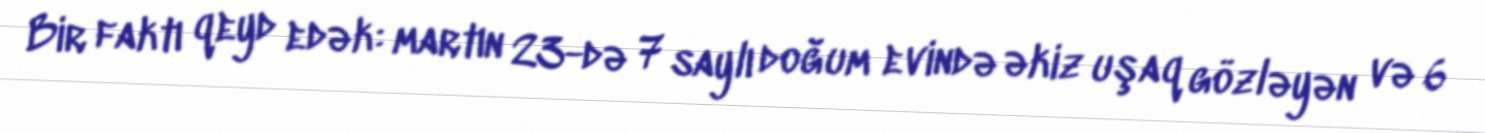
Bir faktı qeyd edək: martın 23-də 7 saylı doğum evində əkiz uşaq gözləyən və 6